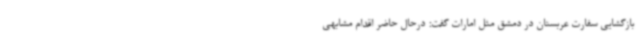
بازگشایی سفارت عربستان در دمشق مثل امارات گفت: درحال حاضر اقدام مشابهی